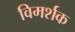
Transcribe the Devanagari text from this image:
विमर्शक